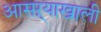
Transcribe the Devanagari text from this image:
आसऱ्याखाली